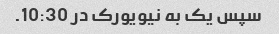
سپس یک به نیویورک در 10:30.